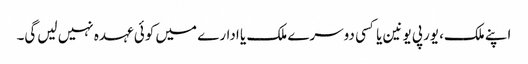
اپنے ملک، یورپی یونین یا کسی دوسرے ملک یا ادارے میں‌ کوئی عہدہ نہیں لیں‌گی۔